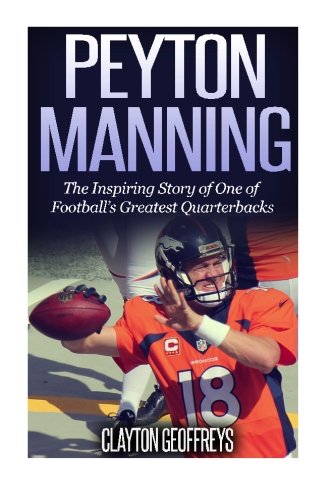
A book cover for Peyton Manning: The Inspiring Story of One of Footballs Greatest Quarterbacks (Football Biography Books); Clayton Geoffreys; Biographies & Memoirs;